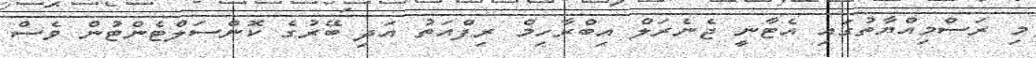
މި ރަސްމިއްޔާތުގައި އެޓާނީ ޖެނެރަލް އިބްރާހިމް ރިފްއަތު އަދި ބޭރުގެ ކޮންސަލްޓެންޓުން ވެސް